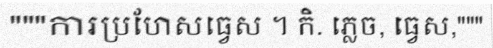
"""ការប្រហែសធ្វេស ។ កិ. ភ្លេច, ធ្វេស,"""